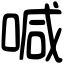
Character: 喊